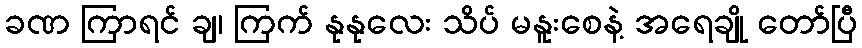
ခဏ ကြာရင် ချ၊ ကြက် နုနုလေး သိပ် မနူးစေနဲ့ အရေချို တော်ပြီ